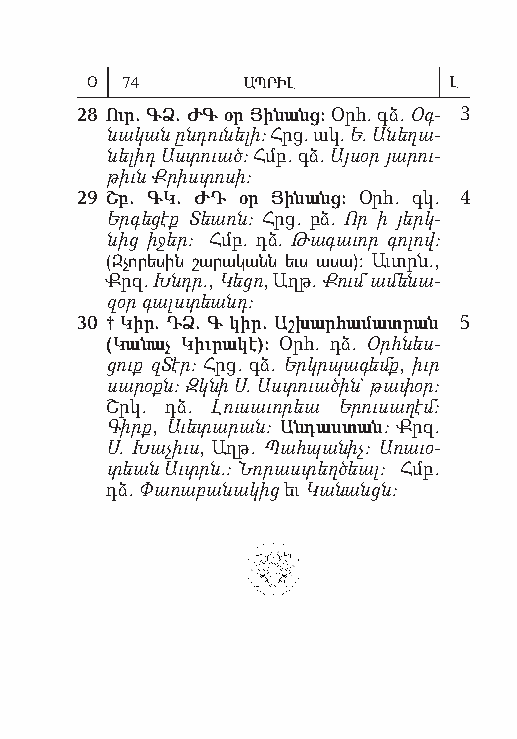
Օ 74      ԱՊՐԻԼ         Լ
 28 Ուր. ԳՁ. ԺԳ օր Յի նանց: Օրհ. գձ. Օգ­ 3
 նակ ան ընդ ուն ե լի: Հրց. ակ. Ե. Ան եղ ա­
 նել իդ Աստ ուած: Հմբ. գձ. Այ սօր յար ու­
 թիւն Ք րիստ ոս ի:
 29 Շբ. ԳԿ. ԺԴ օր Յի նանց: Օրհ. գկ. 4
 Երգեց էք Տեառն: Հրց. բձ. Որ ի յերկ­
 նից ի ջեր: Հմբ. դձ. Թա գաւ որ գո լով:
 (Զ չո րե սին շա րա կանն եւս ա սա): Աւտրն.,
 Քրզ. Խնդր., Կեց ո, Աղթ. Քում ամ են ա­
 զօր գալս տեանդ:
 30 † Կիր. ԴՁ. Գ կիր. Աշխ ար հա մատր ան 5
 ( Կա նաչ Կիւ րա կէ): Օրհ. դձ. Օրհ նես­
 ցուք զ Տէր: Հրց. գձ. Երկր պագ եմք, իւր
 սար օքն: Զկն ի Ս. Աստ ուա ծին` թափ օր:
 Շրկ. դձ. Լու սաւ որ եա Եր ու սաղ էմ:
 Գիրք, Աւետարան: Ան դաս տան: Քրզ.
 Ս. Խա չիւս, Աղթ. Պահ պան իչ: Ա ռաւ օ­
 տեան Աւտրն.: Նորաս տեղ ծեալ: Հմբ.
 դձ. Փա ռաբ ան ա կից եւ Կա նանցն: